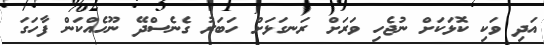
އަދި ވަކި ކޮޅަކަށް ނުޖެހި ވަރަށް ރަނގަޅަށް ހަބަރު ގެނެސްދޭ ނޫހެއްކަން ފާހަގަ